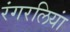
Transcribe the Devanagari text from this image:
रंगरलियां